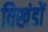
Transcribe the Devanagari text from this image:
विखंडों